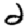
Digit: 2